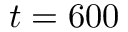
t = 6 0 0